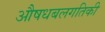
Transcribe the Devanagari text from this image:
औषधबलगतिकी